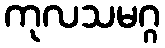
ကုလသမဂ္ဂ